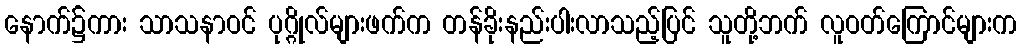
နောက်၌ကား သာသနာဝင် ပုဂ္ဂိုလ်များဖက်က တန်ခိုးနည်းပါးလာသည့်ပြင် သူတို့ဘက် လူဝတ်ကြောင်များက